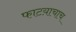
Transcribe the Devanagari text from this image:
फाटय़ाचाच